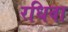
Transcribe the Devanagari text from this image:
रधिवा